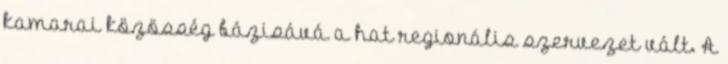
kamarai közösség bázisává a hat regionális szervezet vált. A